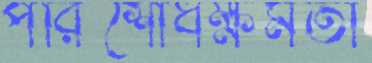
পরিশোধক্ষমতা